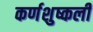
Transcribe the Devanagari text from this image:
कर्णशुष्कली